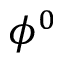
\phi ^ { 0 }